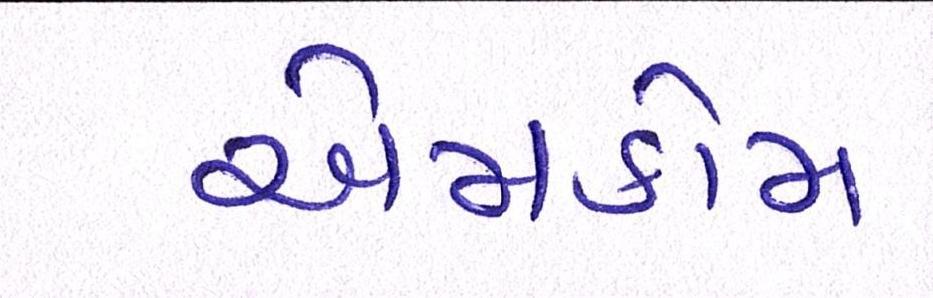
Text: એમકોમ